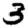
Digit: 3